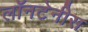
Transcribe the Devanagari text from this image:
लॉनटेनीस